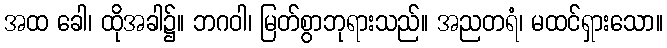
အထ ခေါ၊ ထိုအခါ၌။ ဘဂဝါ၊ မြတ်စွာဘုရားသည်။ အညတရံ၊ မထင်ရှားသော။